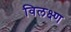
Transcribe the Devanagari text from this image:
विलक्ष्ण